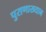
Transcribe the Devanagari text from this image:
पुराणाख्यान